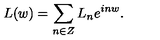
L ( w ) = \sum _ { n \in Z } L _ { n } e ^ { i n w } .